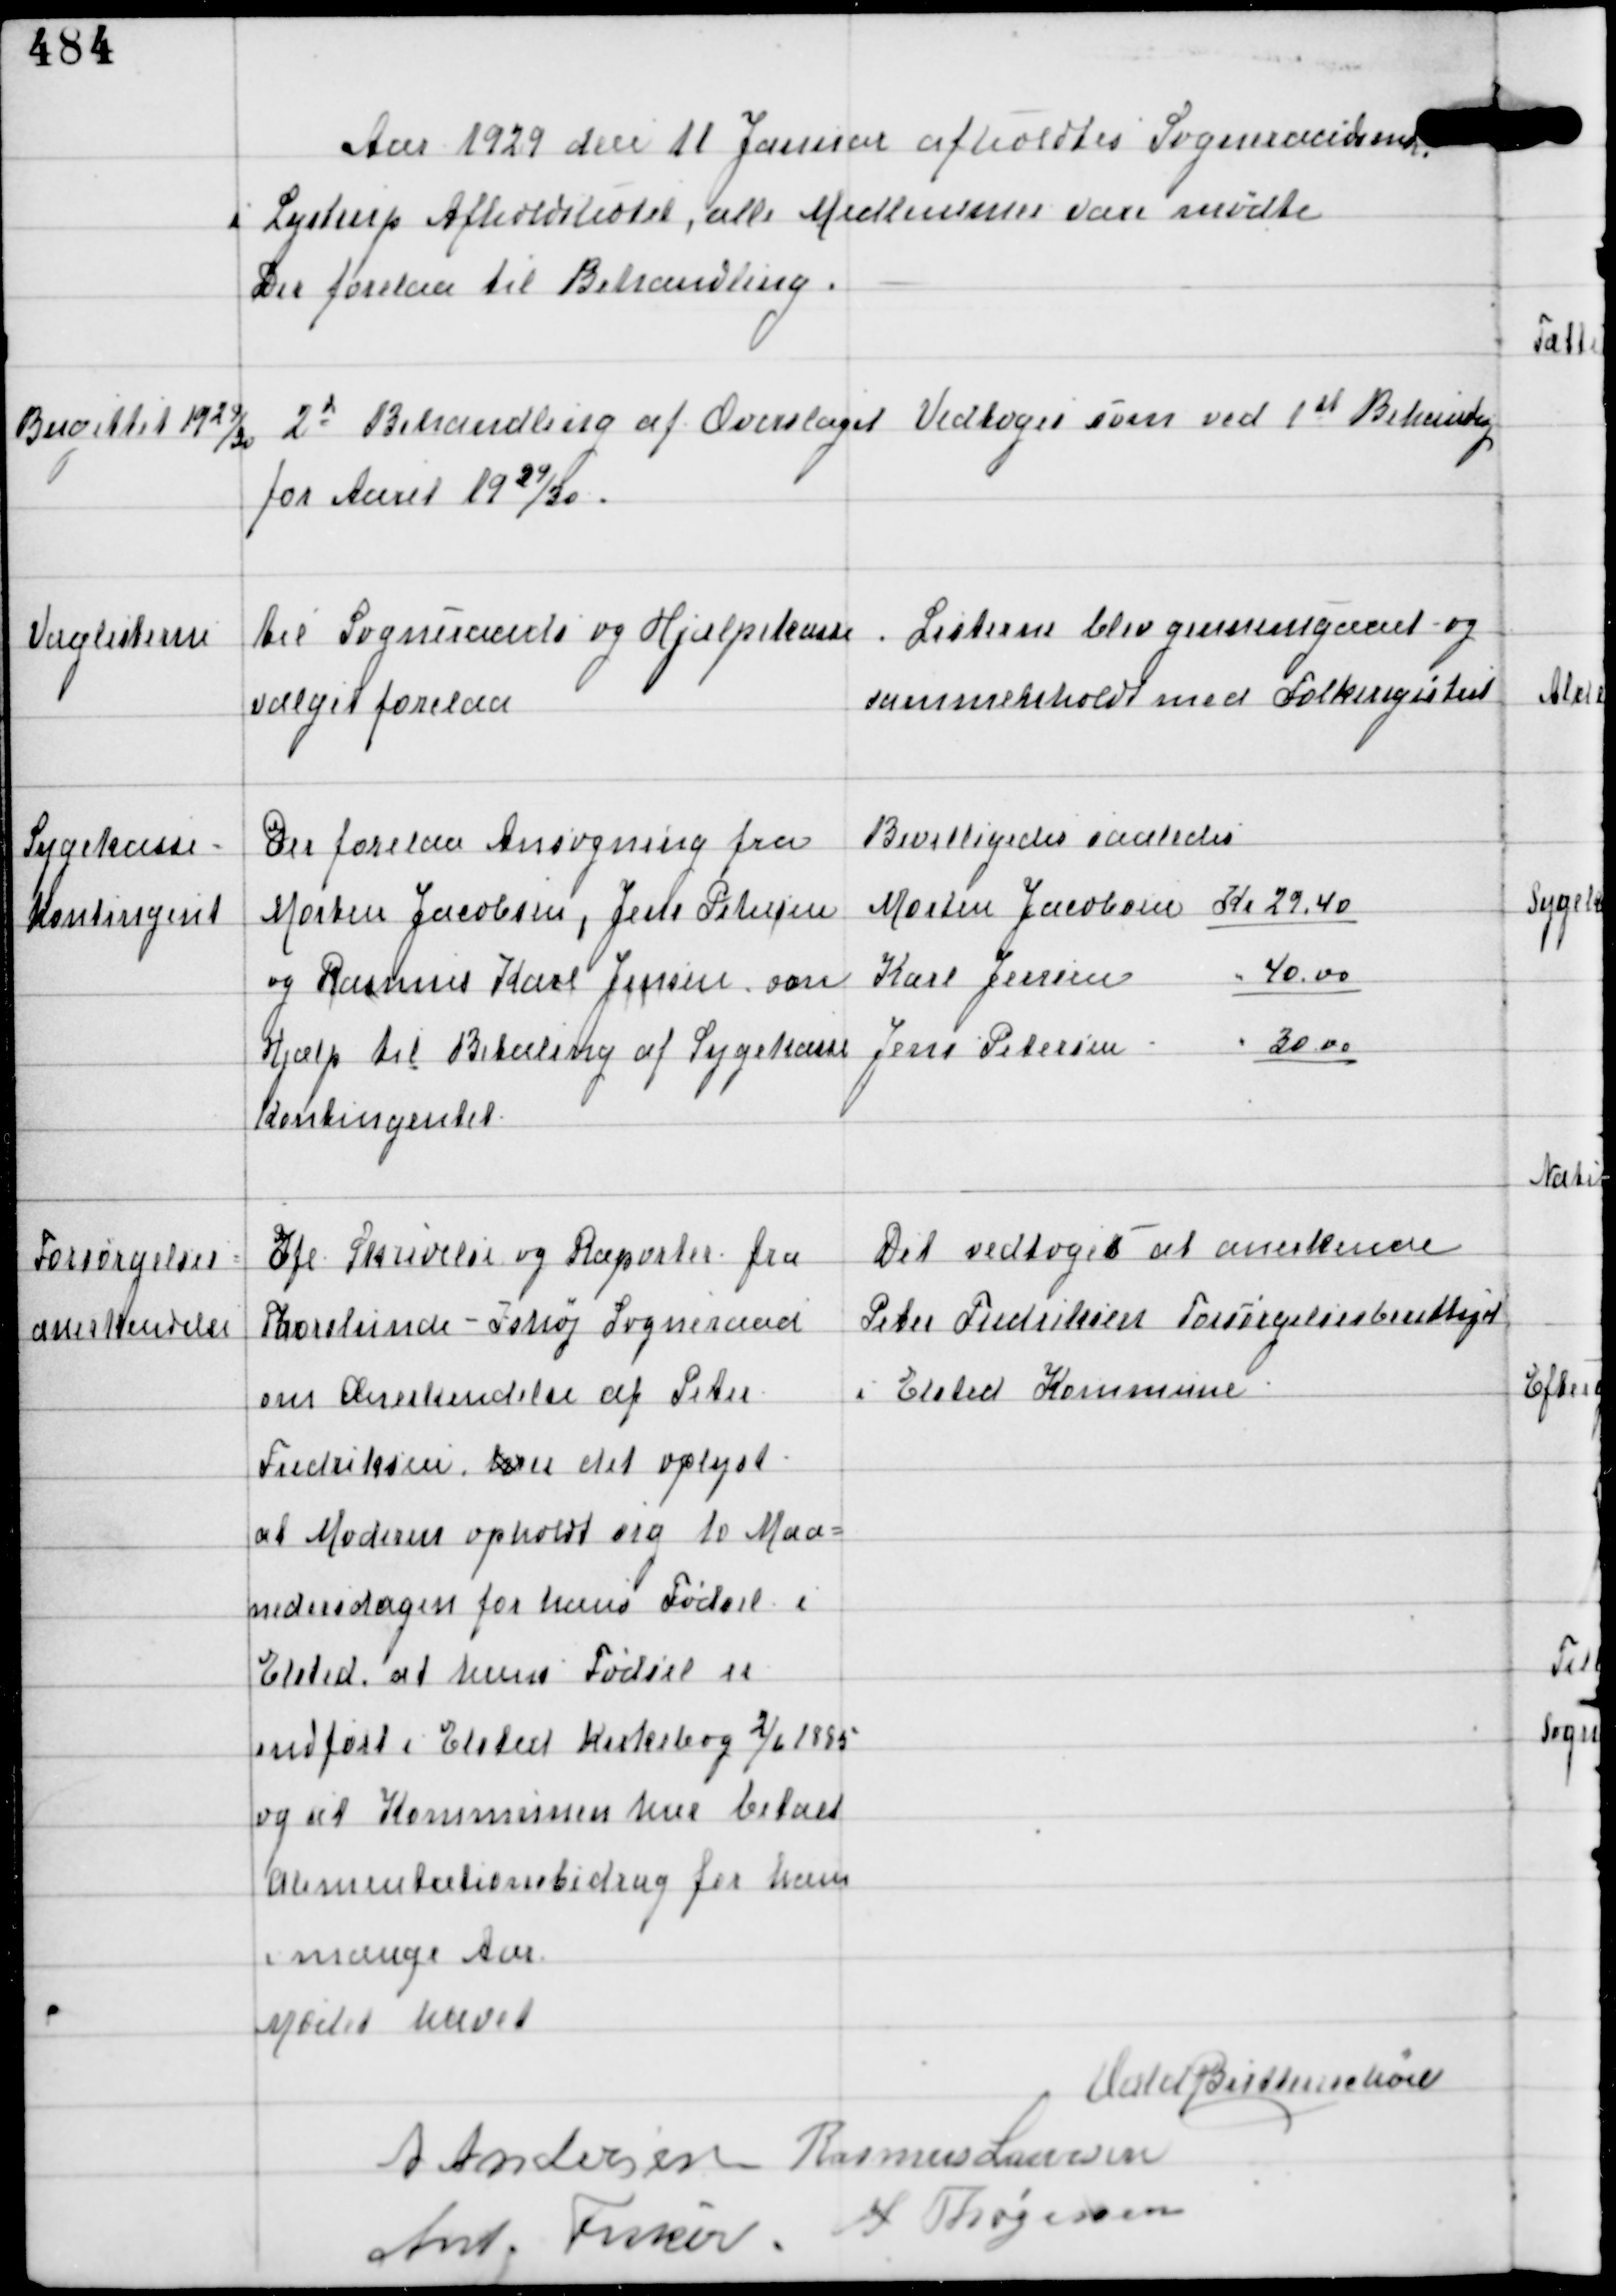
Transskription:
Aar 1929 den 11 Januar afholdtes Sogneraadsmøde
i Lystrup Afholdshotel, alle Medlemmer vare mødte
Der forelaa til Behandling.

Budgettet 1929/30

2d Behandling af Overslaget
for Aaret 1929/30.

Vedtoges som ved 1st Behandling

Valglisterne

til Sogneraads og Hjælpekasse
valget forelaa

Listerne blev gennemgaaet og
sammenholdt med Folkeregistret

Sygekasse-
Kontingent

Der forelaa Ansøgning fra
Morten Jacobsen, Jens Petersen
og Rasmus Karl Jensen om
Hjælp til Betaling af Sygekasse
Kontingentet

Bevilligedes saaledes
Morten Jacobsen Kr 29,40
Karl Jensen " 40,00
Jens Petersen " 30,00

Forsørgelses-
anerkendelse

Ifl Skrivelse og Raporter fra
Skovlunde - Ishøj Sogneraad
om Anerkendelse af Peter
Frederiksen her det oplyst
at Moderen opholdt sig 10 Maa-
nedersdagen for hans Fødsel i
Elsted, at hans Fødsel er
indført i Elsted Kirkebog 2/6 1895
og at Kommunen har betalt
Alimentationsbidrag for ham
i mange Aar

Det vedtoges at anerkende
Peter Frederiksen Forsørgelsesberettiget
i Elsted Kommune.

Mødet hævet
Vald Buttenschøn
A Andersen Rasmus Laursen
Ant Fisker
A Thøgersen